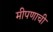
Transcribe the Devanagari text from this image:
मीपणाची